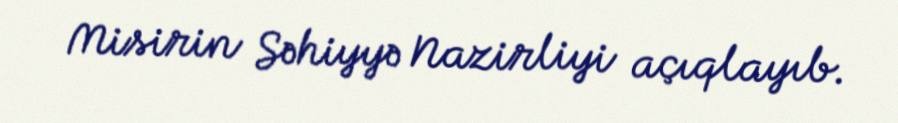
Misirin Səhiyyə Nazirliyi açıqlayıb.